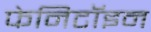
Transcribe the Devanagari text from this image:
फेनिटॉइन